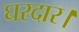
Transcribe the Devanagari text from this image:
घरदार।